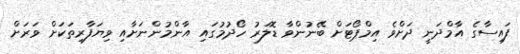
ފައިސާގެ އާމްދަނީ ދަށްވެ އިމްޕޯޓަށް ބޭނުންވާ ޑޮލަރު ހޯދުމުގައި އާންމުންނަށާއި ވިޔަފާރިތަކަށް ވަރަށް